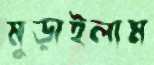
মুড়াইলাম